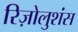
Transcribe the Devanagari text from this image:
रिज़ोलुशंस